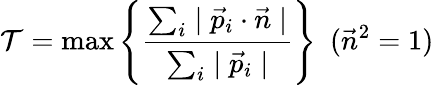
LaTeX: \mathcal{T}=\mathrm{{max}}\left\{ \frac{{\sum_{i}\mid\vec{{p}}_{i}\cdot\vec{{n}}\mid}}{{\sum_{i}\mid\vec{{p}}_{i}\mid}}\right\} ~~(\vec{{n}}^{2}=1)